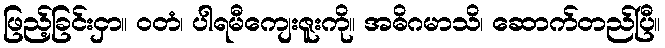
ဖြည့်ခြင်းငှာ။ ဝတံ၊ ပါရမီကျေးဇူးကို။ အဓိဂမာသိ၊ ဆောက်တည်ပြီ။